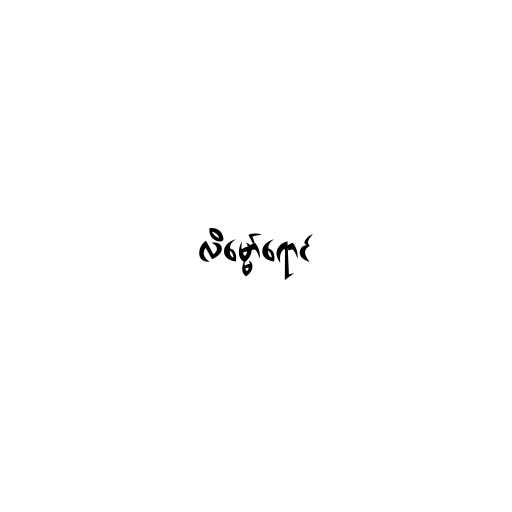
လိမ္မော်ရောင်